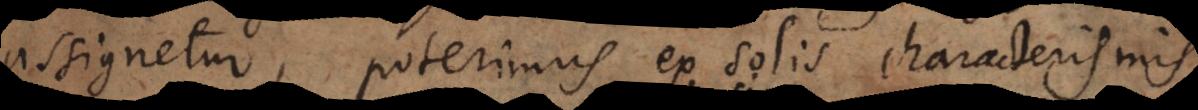
assignetur, poterimus ex solis characterismis